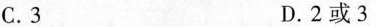
C.3 D.2或3